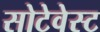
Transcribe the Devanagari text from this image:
सोटेवेस्ट